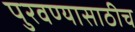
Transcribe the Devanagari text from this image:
पुरवण्यासाठीच